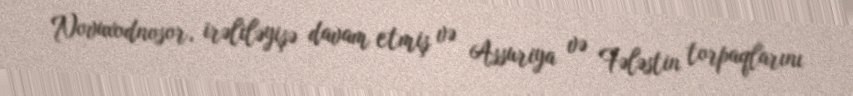
Novuxodnosor, irəliləyişə davam etmiş və Assuriya və Fələstin torpaqlarını